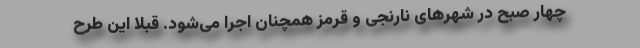
چهار صبح در شهرهای نارنجی و قرمز همچنان اجرا می‌شود. قبلاً این طرح